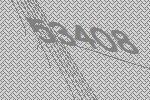
53408